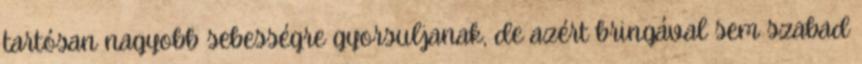
tartósan nagyobb sebességre gyorsuljanak, de azért bringával sem szabad